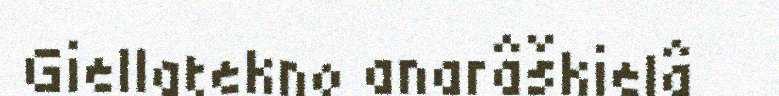
Giellatekno anarâškielâ